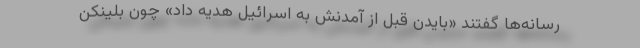
رسانه‌ها گفتند «بایدن قبل از آمدنش به اسرائیل هدیه داد» چون بلینکن